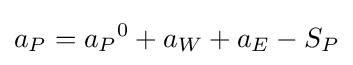
a_{P}={a_{P}}^{0}+a_{W}+a_{E}-S_{P}